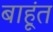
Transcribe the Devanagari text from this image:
बाहूंत